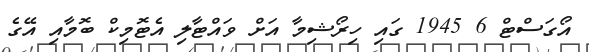
އޯގަސްޓް 6 1945 ގައި ހިރޯޝިމާ އަށް ވައްޓާލި އެޓޮމިކް ބޮމާއި އޭގެ